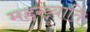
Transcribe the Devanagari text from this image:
महख्याति